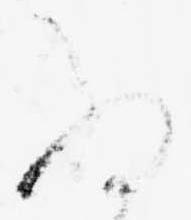
為